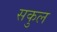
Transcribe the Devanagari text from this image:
सकुल